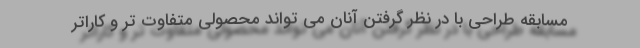
مسابقه طراحی با در نظر گرفتن آنان می تواند محصولی متفاوت تر و کاراتر